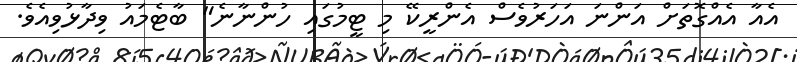
އެއާ އެއްގޮތަށް އަންނަ އަހަރުވެސް އެންރީކޭ މި ޓީމުގައި ހުންނާނެ" ބާޓެމައު ވިދާޅުވިއެވެ.